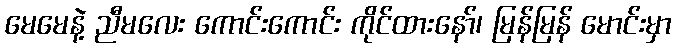
မေမေနဲ့ ညီမလေး ကောင်းကောင်း ကိုင်ထားနော်၊ မြန်မြန် မောင်းမှာ